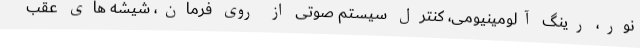
نور، رینگ آلومینیومی، کنترل سیستم صوتی از روی فرمان، شیشه های عقب